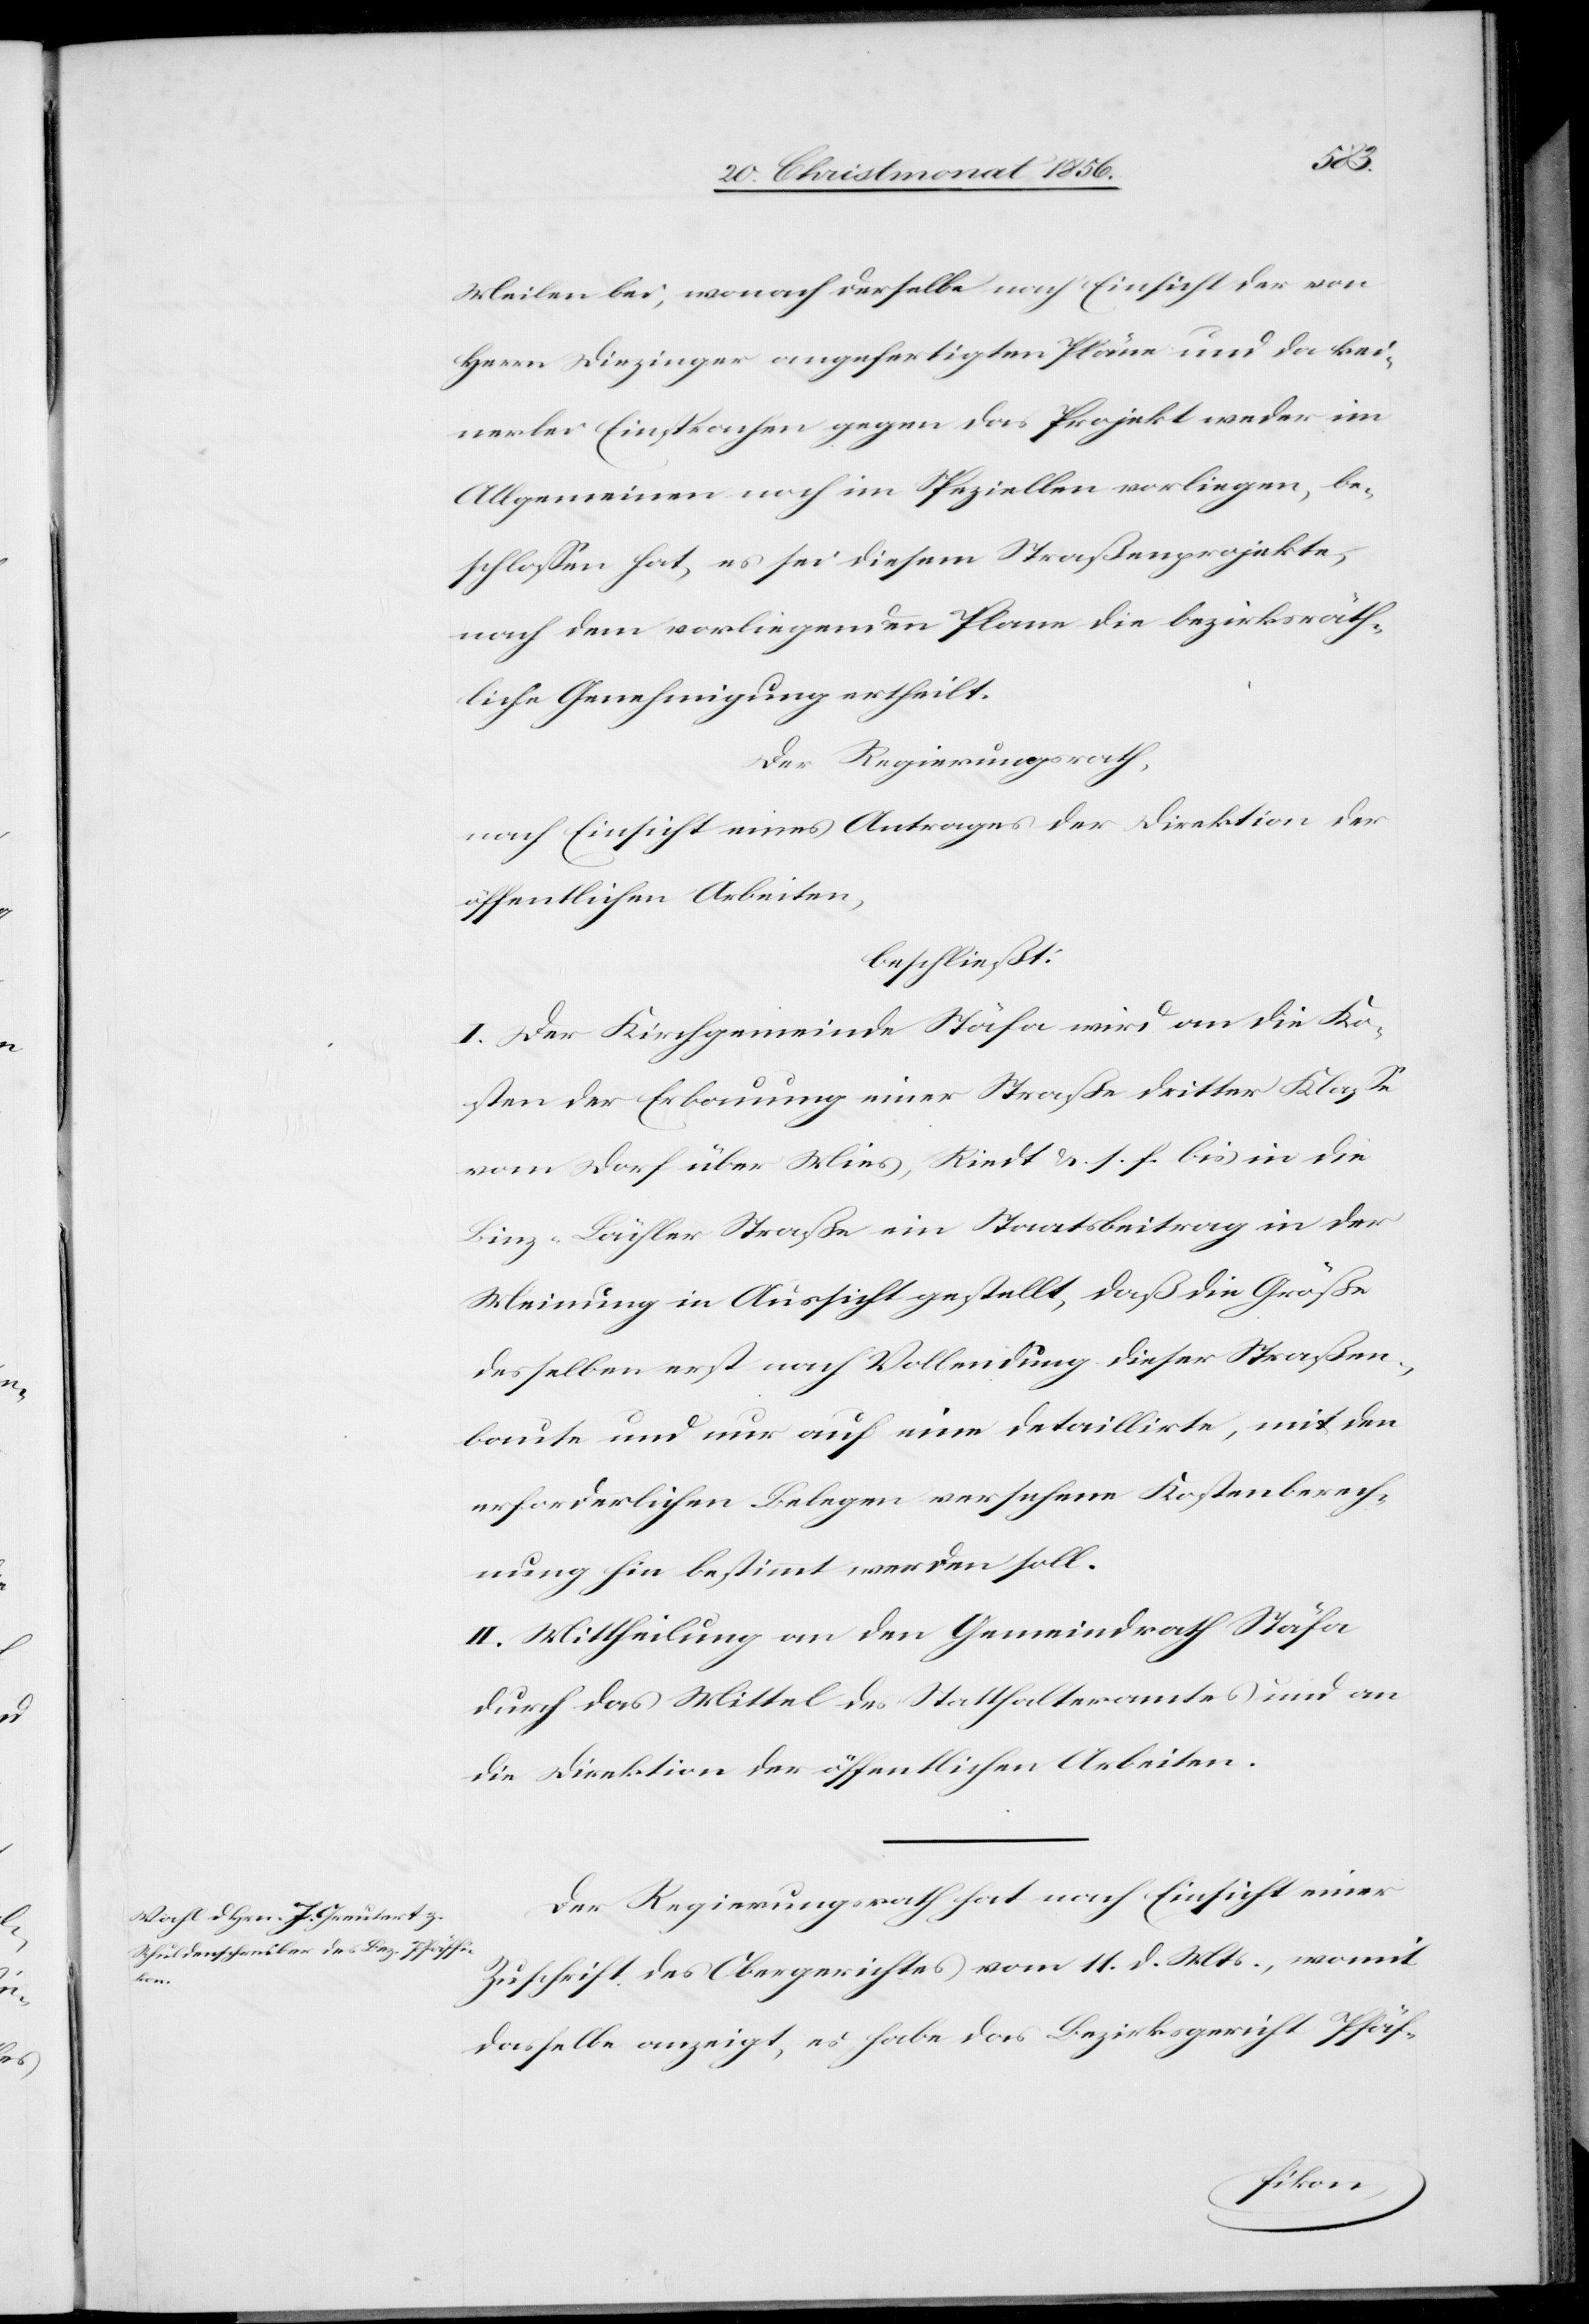
Meilen bei, wonach derselbe nach Einsicht der von
Herrn Diezinger angefertigten Pläne und da kei¬
nerlei Einsprachen gegen das Projekt weder im
Allgemeinen noch im Speziellen vorliegen, be¬
schlossen hat, es sei diesem Straßenprojekte,
nach dem vorliegenden Plane die bezirksräth¬
liche Genehmigung ertheilt.
Der Regierungsrath,
nach Einsicht eines Antrages der Direktion der
öffentlichen Arbeiten,
beschließt:
I. Der Kirchgemeinde Stäfa wird an die Ko¬
sten der Erbauung einer Straße dritter Klasse
vom Dorf über Mies, Riedt &. s. f. bis in die
Binz-Lächler Straße ein Staatsbeitrag in der
Meinung in Aussicht gestellt, daß die Größe
desselben erst nach Vollendung dieser Straßen¬
baute und nur auf eine detaillirte, mit den
erforderlichen Belegen versehene Kostenberech¬
nung hin bestimmt werden soll.
II. Mittheilung an den Gemeindrath Stäfa
durch das Mittel des Statthalteramtes und an
die Direktion der öffentlichen Arbeiten.
Der Regierungsrath hat nach Einsicht einer
Zuschrift des Obergerichtes vom 11. d. Mts., womit
dasselbe anzeigt, es habe das Bezirksgericht Pfäf-